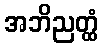
အဘိညတ္ထံ